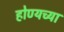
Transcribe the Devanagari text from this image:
होण्यच्या